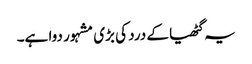
یہ گٹھیا کے درد کی بڑی مشہور دوا ہے۔